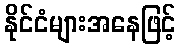
နိုင်ငံများအနေဖြင့်